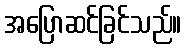
အပြောဆင်ခြင်သည်။